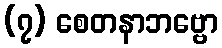
(၇) စေတနာဘဗ္ဗော